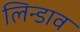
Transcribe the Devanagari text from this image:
लिन्डाव